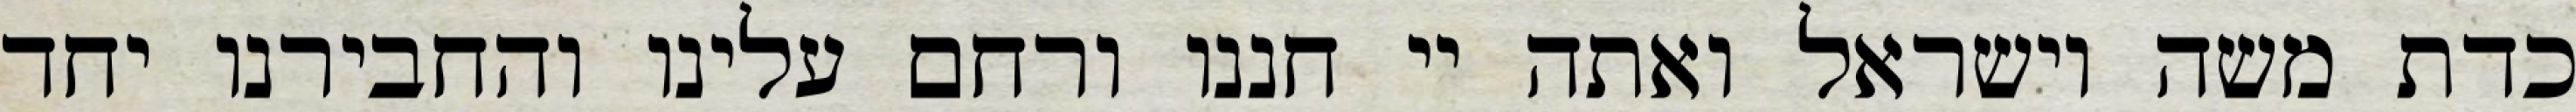
כדת משה וישראל ואתה יי חננו ורחם עלינו והחבירנו יחד